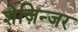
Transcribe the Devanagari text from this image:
शेज़िन्जर